Civil Veterinary Dept. Bombay admin report 1900-1906 - 1900-1906
Year: 1900
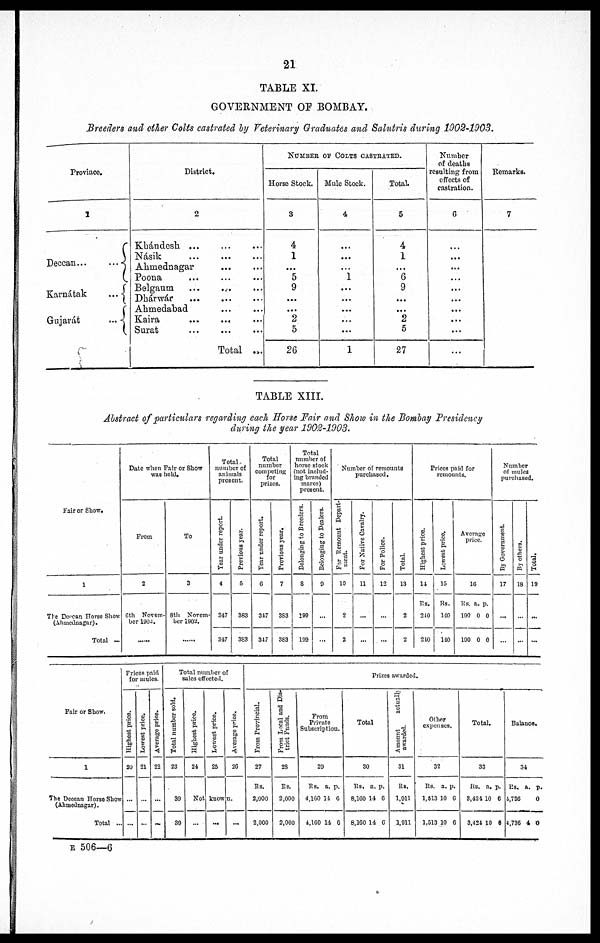
21
TABLE XI.
GOVERNMENT OF BOMBAY.
Breeders and other Colts castrated by Veterinary Graduates and Salutris during 1902-1903.
Province.
1
Deccan...
...
Karnátak
...
Guiarát
...
District.
2
Khándesh ... … …
Násik … … …
Ahmednagar
Poona … … …
Belgaum … … …
Dhárwár
Ahmedabad … …
Kaira … … …
Surat … … …
Total ...
NUMBER OP COLTS CASTEATED.
Horse Stock.
3
4
1
...
5
9
...
...
2
5
26
Mule Stock.
4
…
…
…
1
...
...
...
...
...
1
Total.
5
4
1
...
6
9
...
...
2
5
27
Number
of deaths
resulting from
effects of
castration.
6
…
…
...
...
...
...
...
...
...
...
Remarks.
7
TABLE XIII.
Abstract of particulars regarding each Horse Fair and Show in the Bombay Presidency
during the year 1902-1903.
Fair or Show.
1
The Deccan Horse Show
(Ahmednagar).
Total ...
Date when Fair or Show
was held.
From
2
6th Novem-
ber 1904.
……
To
3
8th
Novem-
ber 1902.
……
Total.
number of
animals
present.
Year under report.
4
347
347
Previous year.
5
383
383
Total
number
competing
for
prizes.
Year under report.
6
347
347
Previous year.
7
383
383
Total
number of
horse stock
(not includ-
ing branded
mares)
present.
Belonging to Breeders.
8
199
199
Belonging to Dealers.
9
…
...
Number of remounts
purchased.
For Remount Depart-
ment.
10
2
2
For Native Cavalry.
11
…
…
For Police.
12
…
...
Total.
13
2
2
Prices paid for
remounts.
Highest price.
14
Rs.
240
210
Lowest price.
15
Rs.
140
140
Average
price.
16
Rs. a. p.
100 0 0
100 0 0
Number
of mules
purchased.
By Government.
17
…
...
By others.
18
…
…
Total.
|
19
…
...
Fair or Show.
1
The Deccan Horse Show
(Ahmednagar).
Total ...
Prices paid
for mules.
Highest price.
20
...
…
Lowest price.
21
…
…
Average price.
22
...
...
Total number of
sales effected.
Total number sold.
23
39
39
Highest price.
24
Not
…
Lowest price.
25
known.
...
Average price.
26
...
Prizes awarded.
From Provincial.
27
Rs.
2,000
2,000
From Local and Dis-
trict Funds.
28
Rs.
2,000
2,000
From
Private
Subscription.
29
Rs. a. p.
4,100 11 6
4,100 14 6
Total
30
Us. a. p.
8,160 14 6
8,160 14 6
Amount
actually
awarded.
31
Rs.
1,911
1,011
Other
expenses.
32
Rs. a. p.
1,613 10 6
1,513 10 0
Total.
33
Rs. a. p.
3,424 10 6
3,424 10 6
Balance.
34
Rs. a. p.
1,736
0
4,730 4 0
E 506—6